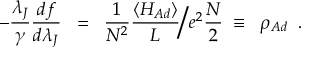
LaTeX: - \frac { \lambda _ { J } } { \gamma } \frac { d f } { d \lambda _ { J } } \; \; = \; \; \frac { 1 } { N ^ { 2 } } \frac { \langle H _ { A d } \rangle } { L } \Big / e ^ { 2 } \frac { N } { 2 } \; \equiv \; \; \rho _ { A d } \; \; .